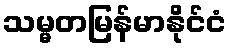
သမ္မတမြန်မာနိုင်ငံ